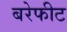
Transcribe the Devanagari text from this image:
बरेफीट